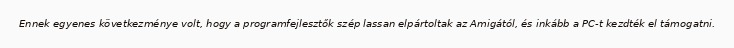
Ennek egyenes következménye volt, hogy a programfejlesztők szép lassan elpártoltak az Amigától, és inkább a PC-t kezdték el támogatni.